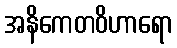
အနိကေတဝိဟာရော